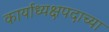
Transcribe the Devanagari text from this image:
कार्याध्यक्षपदाच्या